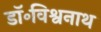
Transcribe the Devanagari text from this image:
डॉ॰विश्वनाथ